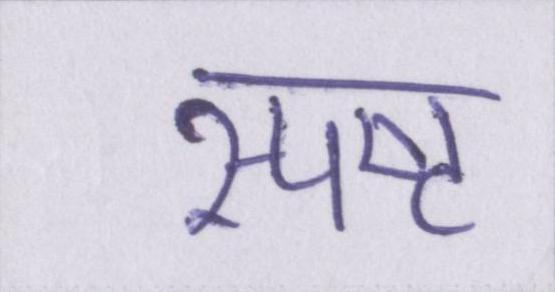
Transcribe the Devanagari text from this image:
स्पष्ट